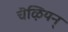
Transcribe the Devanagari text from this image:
चॆऴियन्